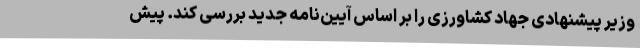
وزیر پیشنهادی جهاد کشاورزی را بر اساس آیین‌نامه جدید بررسی کند. پیش